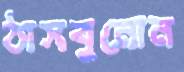
ঠাসবুনোন